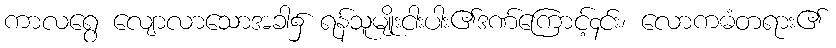
ကာလရွေ လျောလာသောအခါ၌ ရန်သူမျိုးငါးပါး၏ဒဏ်ကြောင့်၄င်း၊ လောကဓံတရား၏